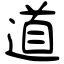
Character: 道